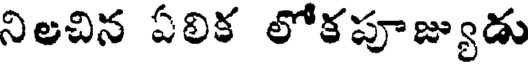
నిలచిన ఏలిక లోకపూజ్యుడు